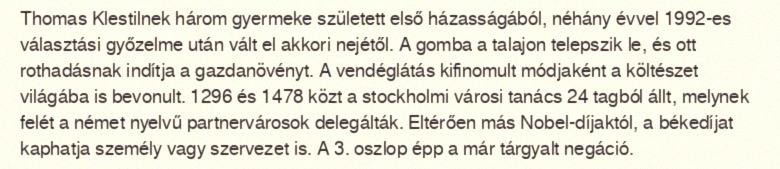
Thomas Klestilnek három gyermeke született első házasságából, néhány évvel 1992-es választási győzelme után vált el akkori nejétől. A gomba a talajon telepszik le, és ott rothadásnak indítja a gazdanövényt. A vendéglátás kifinomult módjaként a költészet világába is bevonult. 1296 és 1478 közt a stockholmi városi tanács 24 tagból állt, melynek felét a német nyelvű partnervárosok delegálták. Eltérően más Nobel-díjaktól, a békedíjat kaphatja személy vagy szervezet is. A 3. oszlop épp a már tárgyalt negáció.